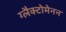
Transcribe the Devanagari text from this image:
ग्लैक्टोमेनन